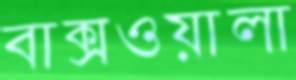
বাক্সওয়ালা